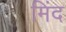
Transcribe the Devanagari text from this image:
मिंद